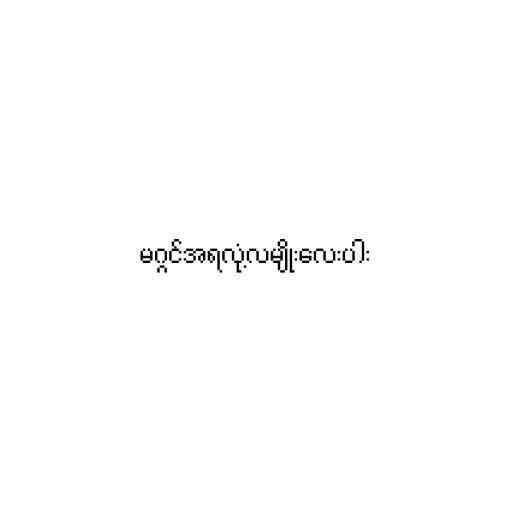
မဂ္ဂင်အရလုံ့လမျိုးလေးပါး